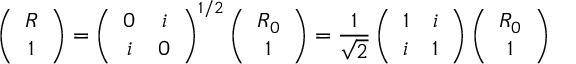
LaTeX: \left( \begin{array} { c } { { R } } \\ { { 1 } } \end{array} \right) = \left( \begin{array} { c c } { { 0 } } & { { i } } \\ { { i } } & { { 0 } } \end{array} \right) ^ { 1 / 2 } \left( \begin{array} { c } { { R _ { 0 } } } \\ { { 1 } } \end{array} \right) = \frac { 1 } { \sqrt 2 } \left( \begin{array} { c c } { { 1 } } & { { i } } \\ { { i } } & { { 1 } } \end{array} \right) \left( \begin{array} { c } { { R _ { 0 } } } \\ { { 1 } } \end{array} \right)